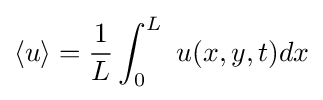
\left\langle u\right\rangle ={\frac {1}{L}}\int _{0}^{L}\ u(x,y,t)dx